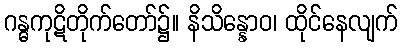
ဂန္ဓကုဋိတိုက်တော်၌။ နိသိန္နောဝ၊ ထိုင်နေလျက်